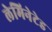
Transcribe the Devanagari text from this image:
लेमिनेटेड